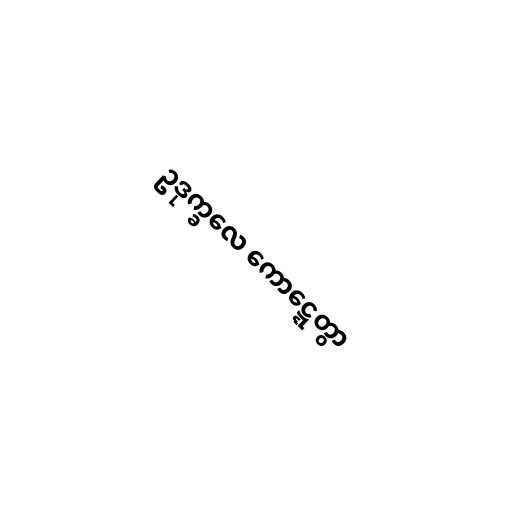
ဥဒုက္ခလေ ကောဋ္ဋေတွာ